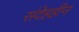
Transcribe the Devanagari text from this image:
संदेहहीन